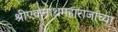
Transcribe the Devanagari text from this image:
श्रीएकनाथमहाराजांच्या